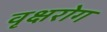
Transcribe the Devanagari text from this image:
वृक्षरोग